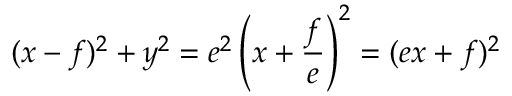
( x - f ) ^ { 2 } + y ^ { 2 } = e ^ { 2 } \left( x + { \frac { f } { e } } \right) ^ { 2 } = ( e x + f ) ^ { 2 }